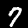
Label: 7